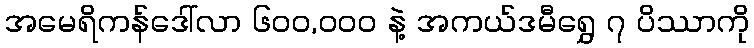
အမေရိကန်ဒေါ်လာ ၆၀၀,၀၀၀ နဲ့ အကယ်ဒမီရွှေ ၇ ပိဿာကို